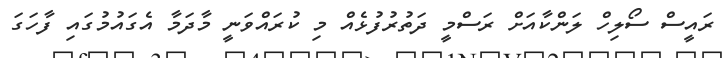
ރައީސް ސޯލިހް ލަންކާއަށް ރަސްމީ ދަތުރުފުޅެއް މި ކުރައްވަނީ މާދަމާ އެގައުމުގައި ފާހަގަ